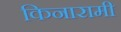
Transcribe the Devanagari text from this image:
किनारामी